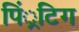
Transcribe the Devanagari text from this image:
पिं्रटिग